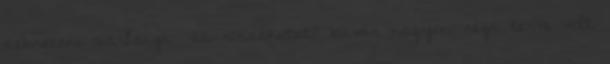
debreceni barlangi- és roncskutató búvár nagyon régi terve volt